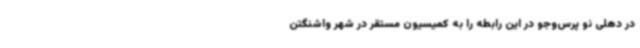
در دهلی نو پرس‌وجو در این رابطه را به کمیسیون مستقر در شهر واشنگتن